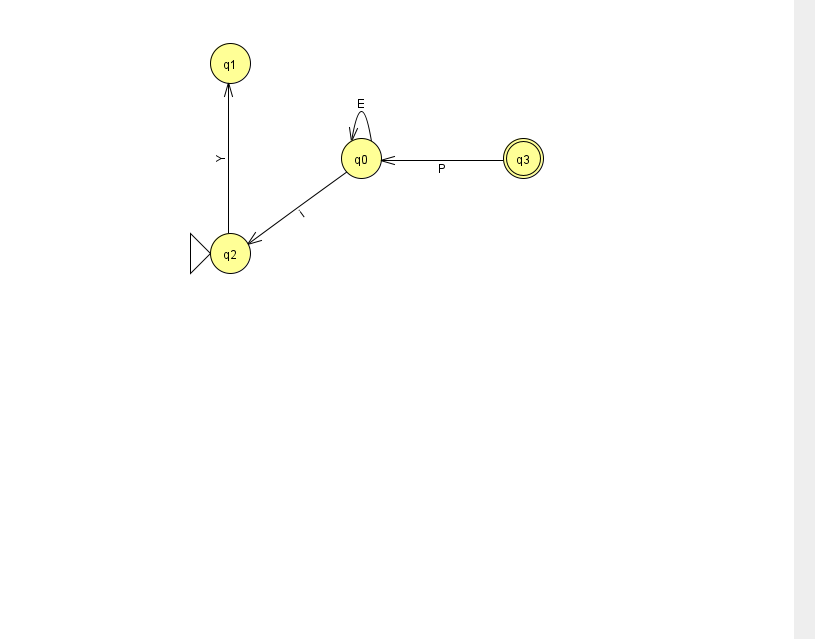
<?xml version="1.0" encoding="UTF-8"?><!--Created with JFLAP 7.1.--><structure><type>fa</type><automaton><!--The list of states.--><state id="0" name="q0"><x>361.0</x><y>145.0</y></state><state id="1" name="q1"><x>230.0</x><y>50.0</y></state><state id="2" name="q2"><x>230.0</x><y>240.0</y><initial/></state><state id="3" name="q3"><x>523.0</x><y>145.0</y><final/></state><!--The list of transitions.--><transition><from>2</from><to>1</to><read>Y</read></transition><transition><from>0</from><to>0</to><read>E</read></transition><transition><from>0</from><to>2</to><read>i</read></transition><transition><from>3</from><to>0</to><read>P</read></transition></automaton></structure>